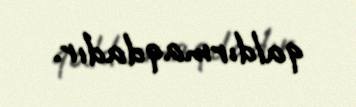
qaldırmaqdadır.